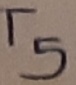
Text: T5